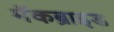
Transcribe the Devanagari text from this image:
मॅकब्राइड